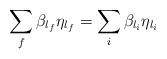
LaTeX: \begin{align*}\sum_f\beta _{l_f}\eta _{l_f}=\sum_i\beta _{l_i}\eta _{l_i}\end{align*}